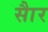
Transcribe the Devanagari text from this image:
साैर